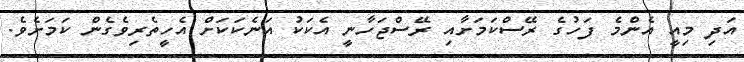
އަދި މިއީ އެންމެ ފަހުގެ ރޭސްކަމަށާއި ރޭސްޖަހާނީ އެކަކު އަނެކަކަށް އެހީތެރިވެގެން ކަމަށެވެ.